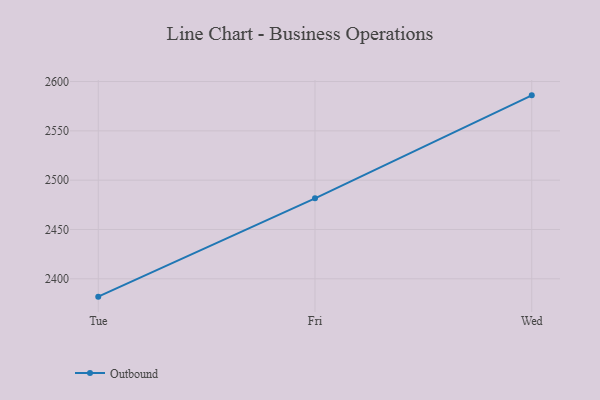
{"axis": {"x": "Day", "y": "Production Output"}, "legend": ["Outbound"], "data": [{"x": "Tue", "y": 2381.9, "type": "Outbound"}, {"x": "Fri", "y": 2481.6, "type": "Outbound"}, {"x": "Wed", "y": 2586.0, "type": "Outbound"}]}